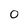
Character: O